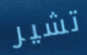
تشير